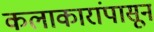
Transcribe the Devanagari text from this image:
कलाकारांपासून